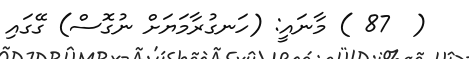
(  87 ) މާނައީ: (ހަނގުރާމަޔަށް ނުގޮސް) ގޭގައި